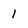
Character: 1